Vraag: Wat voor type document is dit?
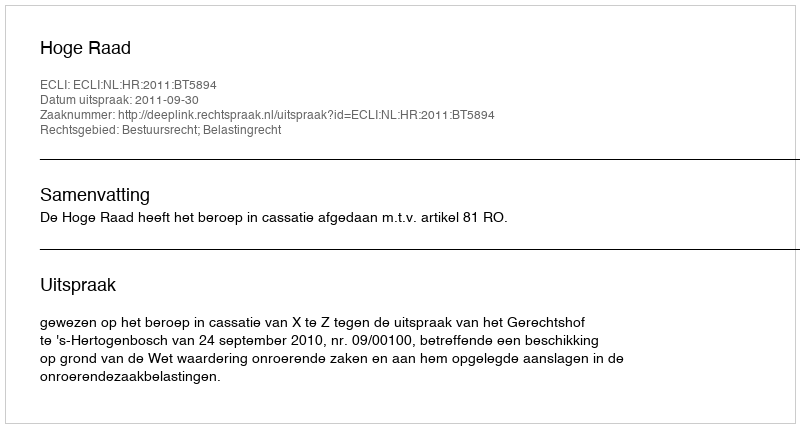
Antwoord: Uitspraak